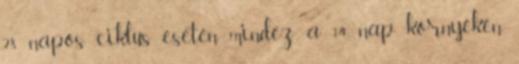
28 napos ciklus esetén mindez a 14. nap környékén